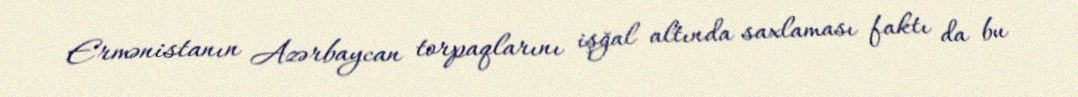
Ermənistanın Azərbaycan torpaqlarını işğal altında saxlaması faktı da bu